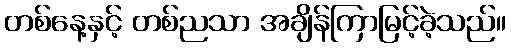
တစ်နေ့နှင့် တစ်ညသာ အချိန်ကြာမြင့်ခဲ့သည်။